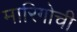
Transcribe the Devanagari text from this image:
मारिगोची